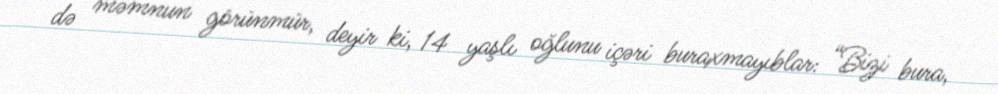
də məmnun görünmür, deyir ki, 14 yaşlı oğlunu içəri buraxmayıblar: “Bizi bura,